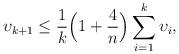
LaTeX: \begin{align*}\upsilon_{k+1}\leq\frac{1}{k}\Big(1+\frac{4}{n}\Big)\sum_{i=1}^k\upsilon_i,\end{align*}